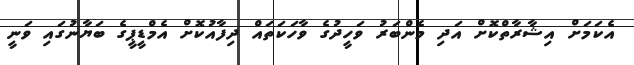
އެކަމަށް އިޝާރާތްކޮށް އަދި މެންބަރު ވަހީދުގެ ވާހަކަތައް ދިފާއުކޮށް އެމްޑީޕީގެ ބަޔާނުގައި ވަނީ